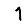
Digit: 1